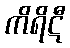
ကိရိဋီ